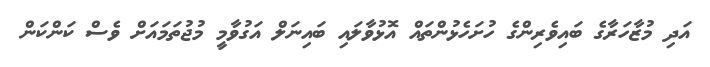
އަދި މުޒާހަރާގެ ބައިވެރިންގެ ހުށަހެޅުންތައް އޮޅުވާލައި ބައިނަލް އަގުވާމީ މުޖުތަމައަށް ވެސް ކަންކަން